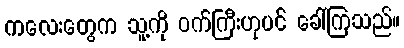
ကလေးတွေက သူ့ကို ဝက်ကြီးဟုပင် ခေါ်ကြသည်။